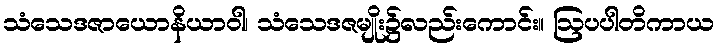
သံသေဒဇာယောနိယာဝါ၊ သံသေဒဇမျိုး၌လည်းကောင်း။ ဩပပါတိကာယ